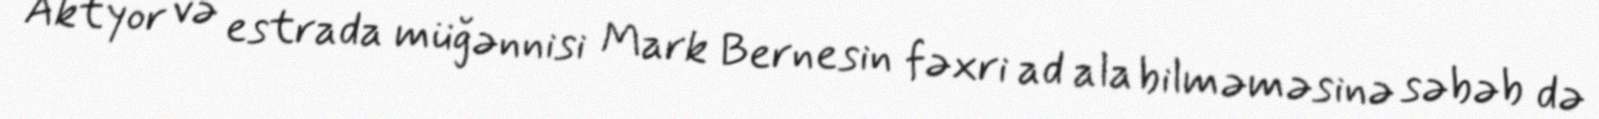
Aktyor və estrada müğənnisi Mark Bernesin fəxri ad ala bilməməsinə səbəb də